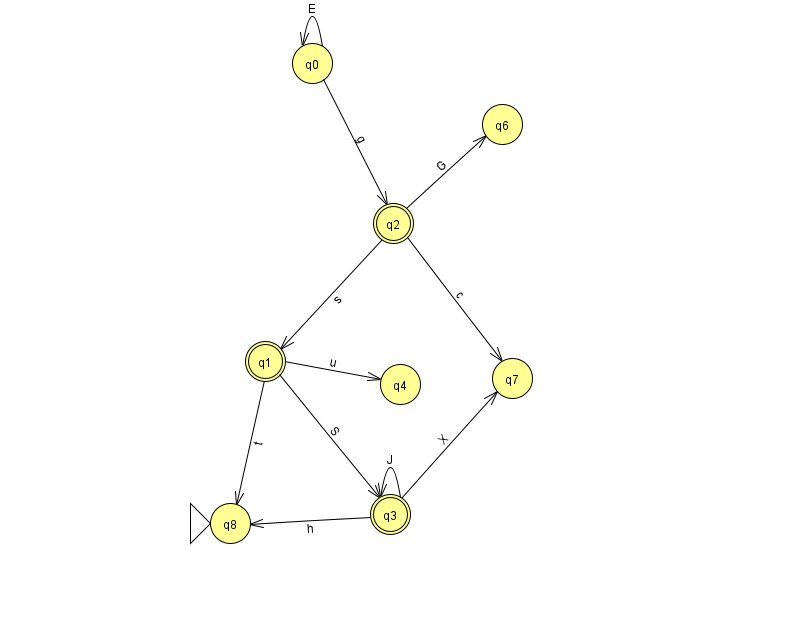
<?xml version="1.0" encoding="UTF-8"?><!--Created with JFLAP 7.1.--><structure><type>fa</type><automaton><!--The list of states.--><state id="0" name="q0"><x>312.0</x><y>50.0</y></state><state id="1" name="q1"><x>265.0</x><y>348.0</y><final/></state><state id="2" name="q2"><x>393.0</x><y>210.0</y><final/></state><state id="3" name="q3"><x>390.0</x><y>501.0</y><final/></state><state id="4" name="q4"><x>400.0</x><y>371.0</y></state><state id="6" name="q6"><x>502.0</x><y>111.0</y></state><state id="7" name="q7"><x>512.0</x><y>365.0</y></state><state id="8" name="q8"><x>230.0</x><y>510.0</y><initial/></state><!--The list of transitions.--><transition><from>2</from><to>6</to><read>G</read></transition><transition><from>0</from><to>0</to><read>E</read></transition><transition><from>0</from><to>2</to><read>g</read></transition><transition><from>3</from><to>7</to><read>X</read></transition><transition><from>2</from><to>1</to><read>s</read></transition><transition><from>1</from><to>4</to><read>u</read></transition><transition><from>1</from><to>8</to><read>t</read></transition><transition><from>3</from><to>3</to><read>J</read></transition><transition><from>1</from><to>3</to><read>S</read></transition><transition><from>3</from><to>8</to><read>h</read></transition><transition><from>2</from><to>7</to><read>c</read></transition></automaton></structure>